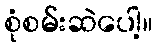
စုံစမ်းဆဲပေါ့။